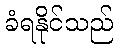
ခံရနိုင်သည်